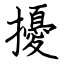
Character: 擾